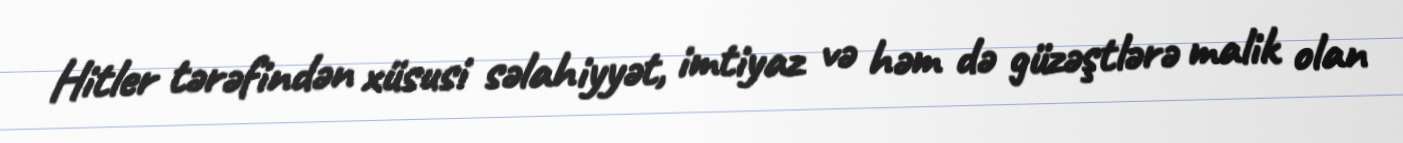
Hitler tərəfindən xüsusi səlahiyyət, imtiyaz və həm də güzəştlərə malik olan